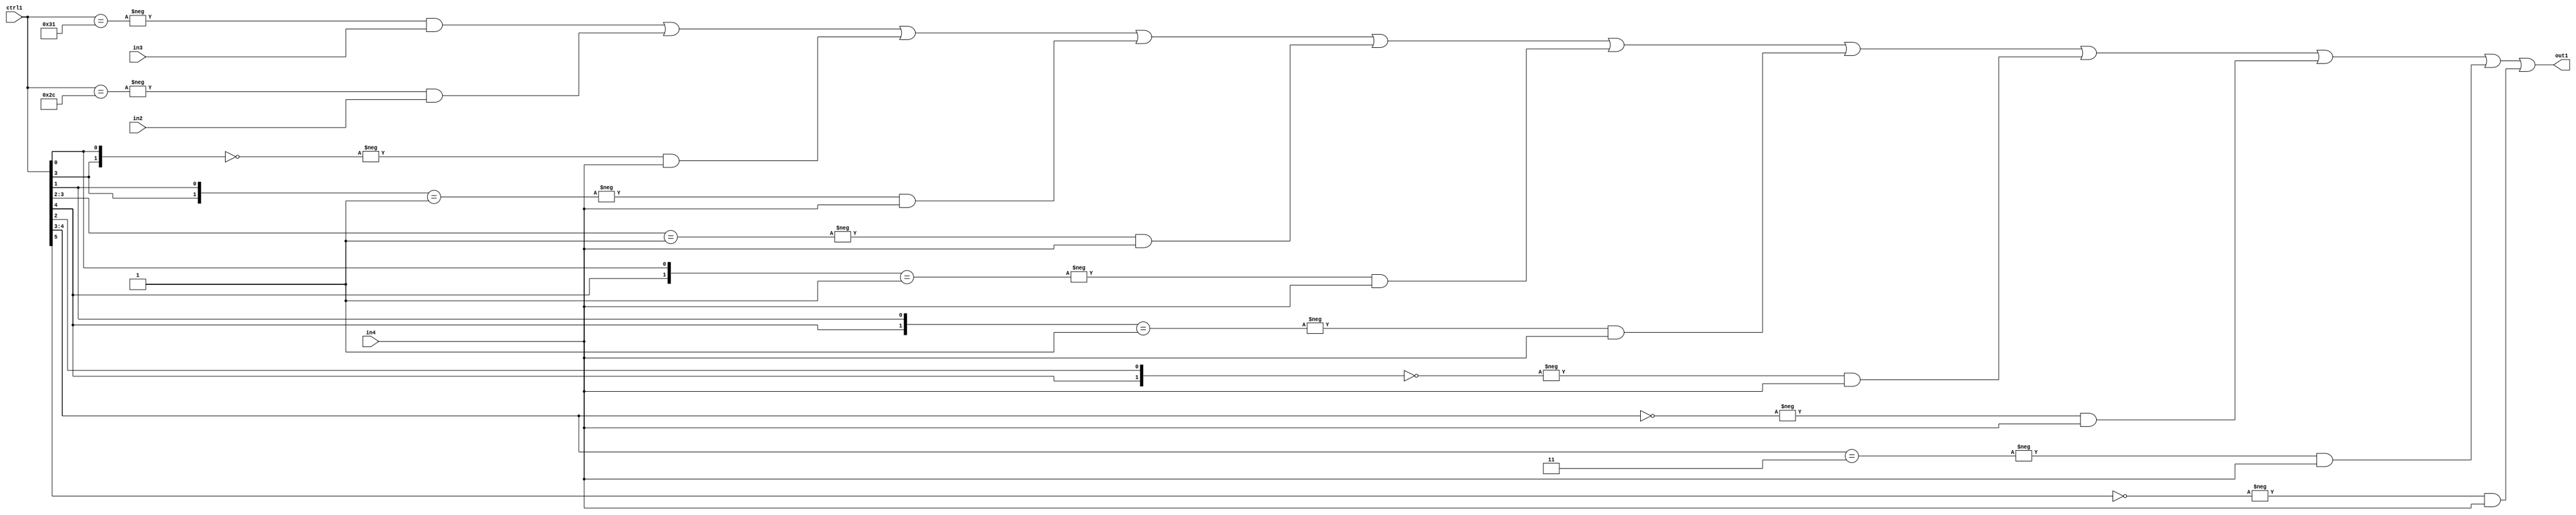
`timescale 1ps / 1ps
/*****************************************************************************
    Verilog RTL Description
    
    
    Created by: Stratus DpOpt 21.05.01 
*******************************************************************************/

module SobelFilter_N_Mux_32_3_101_1 (
	in4,
	in3,
	in2,
	ctrl1,
	out1
	); /* architecture "behavioural" */ 
input [31:0] in4;
input [8:0] in3,
	in2;
input [5:0] ctrl1;
output [31:0] out1;
wire [31:0] asc001;

assign asc001 = 
	-{ctrl1 == 6'B110001} & in3 |
	-{ctrl1 == 6'B101100} & in2 |
	-{{ctrl1[3], ctrl1[0]} == 2'B00} & in4 |
	-{{ctrl1[3], ctrl1[1]} == 2'B01} & in4 |
	-{ctrl1[3:2] == 2'B01} & in4 |
	-{{ctrl1[4], ctrl1[0]} == 2'B01} & in4 |
	-{{ctrl1[4], ctrl1[1]} == 2'B01} & in4 |
	-{{ctrl1[4], ctrl1[2]} == 2'B00} & in4 |
	-{ctrl1[4:3] == 2'B00} & in4 |
	-{ctrl1[4:3] == 2'B11} & in4 |
	-{ctrl1[5] == 1'B0} & in4 ;

assign out1 = asc001;
endmodule

/* CADENCE  vbP5TAo= : u9/ySxbfrwZIxEzHVQQV8Q== ** DO NOT EDIT THIS LINE ******/